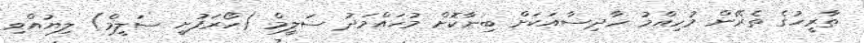
ތާރީހުގެ ތެރޭން މުހިއްމު ހާދިސާއަކަށް ބިނާކޮށް މުހައްމަދު ސަލީމް (ހޯރަފުށީ ސަލީމް) ލިޔުއްވި